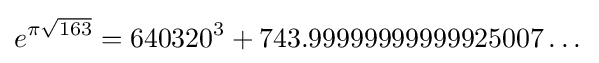
e^{\pi {\sqrt {163}}}=640320^{3}+743.99999999999925007\dots